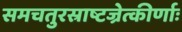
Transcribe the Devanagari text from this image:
समचतुरस्राष्टज्रेत्कीर्णाः